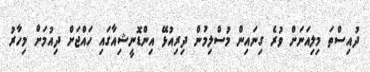
ދުއިސްތަ މިލިއަނަށް ވުރެ ގިނައިން މުސްލިމުން ދިރިއުޅޭ އިންޑޮނީޝިއާގައި ހައްޖަށް ދިއުމަށް މިހާރު